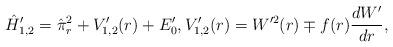
LaTeX: \begin{align*} \hat{H}'_{1,2} = \hat{\pi}_r^2 + V'_{1,2}(r) + E'_0, V'_{1,2}(r) = W^{\prime2}(r) \mp f(r) \frac{dW'}{dr}, \end{align*}